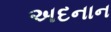
અદનાન